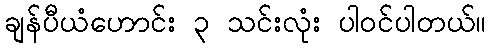
ချန်ပီယံဟောင်း ၃ သင်းလုံး ပါဝင်ပါတယ်။